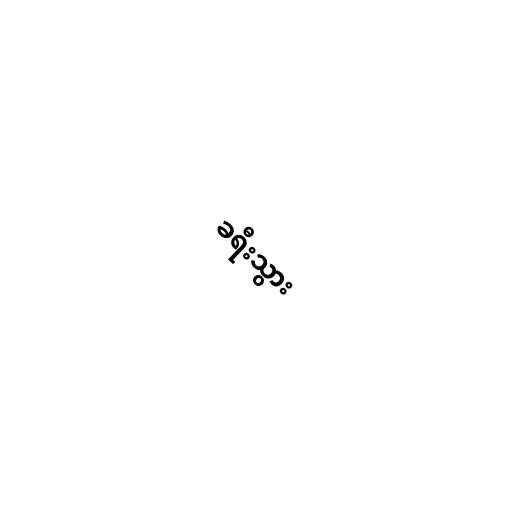
ခရီးသွား